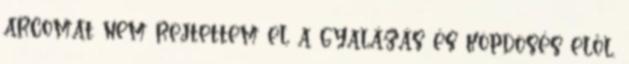
arcomat nem rejtettem el a gyalázás és köpdösés elől.